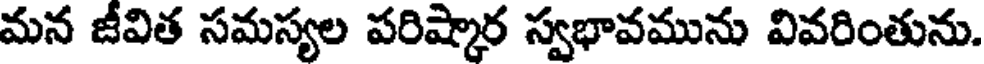
మన జీవిత సమస్యల పరిష్కార స్వభావమును వివరింతును.